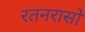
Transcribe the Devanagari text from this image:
रतनरासो